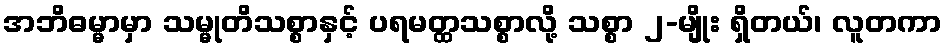
အဘိဓမ္မာမှာ သမ္မုတိသစ္စာနှင့် ပရမတ္ထသစ္စာလို့ သစ္စာ ၂-မျိုး ရှိတယ်၊ လူတကာ